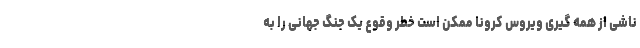
ناشی از همه گیری ویروس کرونا ممکن است خطر وقوع یک جنگ جهانی را به